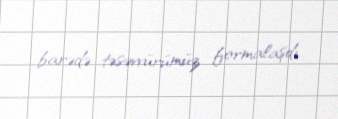
barədə təsəvvürümüz formalaşdı.